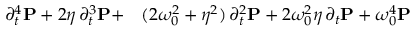
\begin{array} { r l } { \partial _ { t } ^ { 4 } \boldsymbol { \mathbf { P } } + 2 \eta \, \partial _ { t } ^ { 3 } \boldsymbol { \mathbf { P } } + } & { { } ( 2 \omega _ { 0 } ^ { 2 } + \eta ^ { 2 } ) \, \partial _ { t } ^ { 2 } \boldsymbol { \mathbf { P } } + 2 \omega _ { 0 } ^ { 2 } \eta \, \partial _ { t } \boldsymbol { \mathbf { P } } + \omega _ { 0 } ^ { 4 } \boldsymbol { \mathbf { P } } } \end{array}